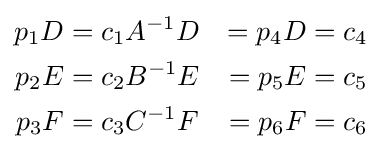
{\begin{aligned}p_{1}D&=c_{1}A^{-1}D&=p_{4}D&=c_{4}\\p_{2}E&=c_{2}B^{-1}E&=p_{5}E&=c_{5}\\p_{3}F&=c_{3}C^{-1}F&=p_{6}F&=c_{6}\\\end{aligned}}